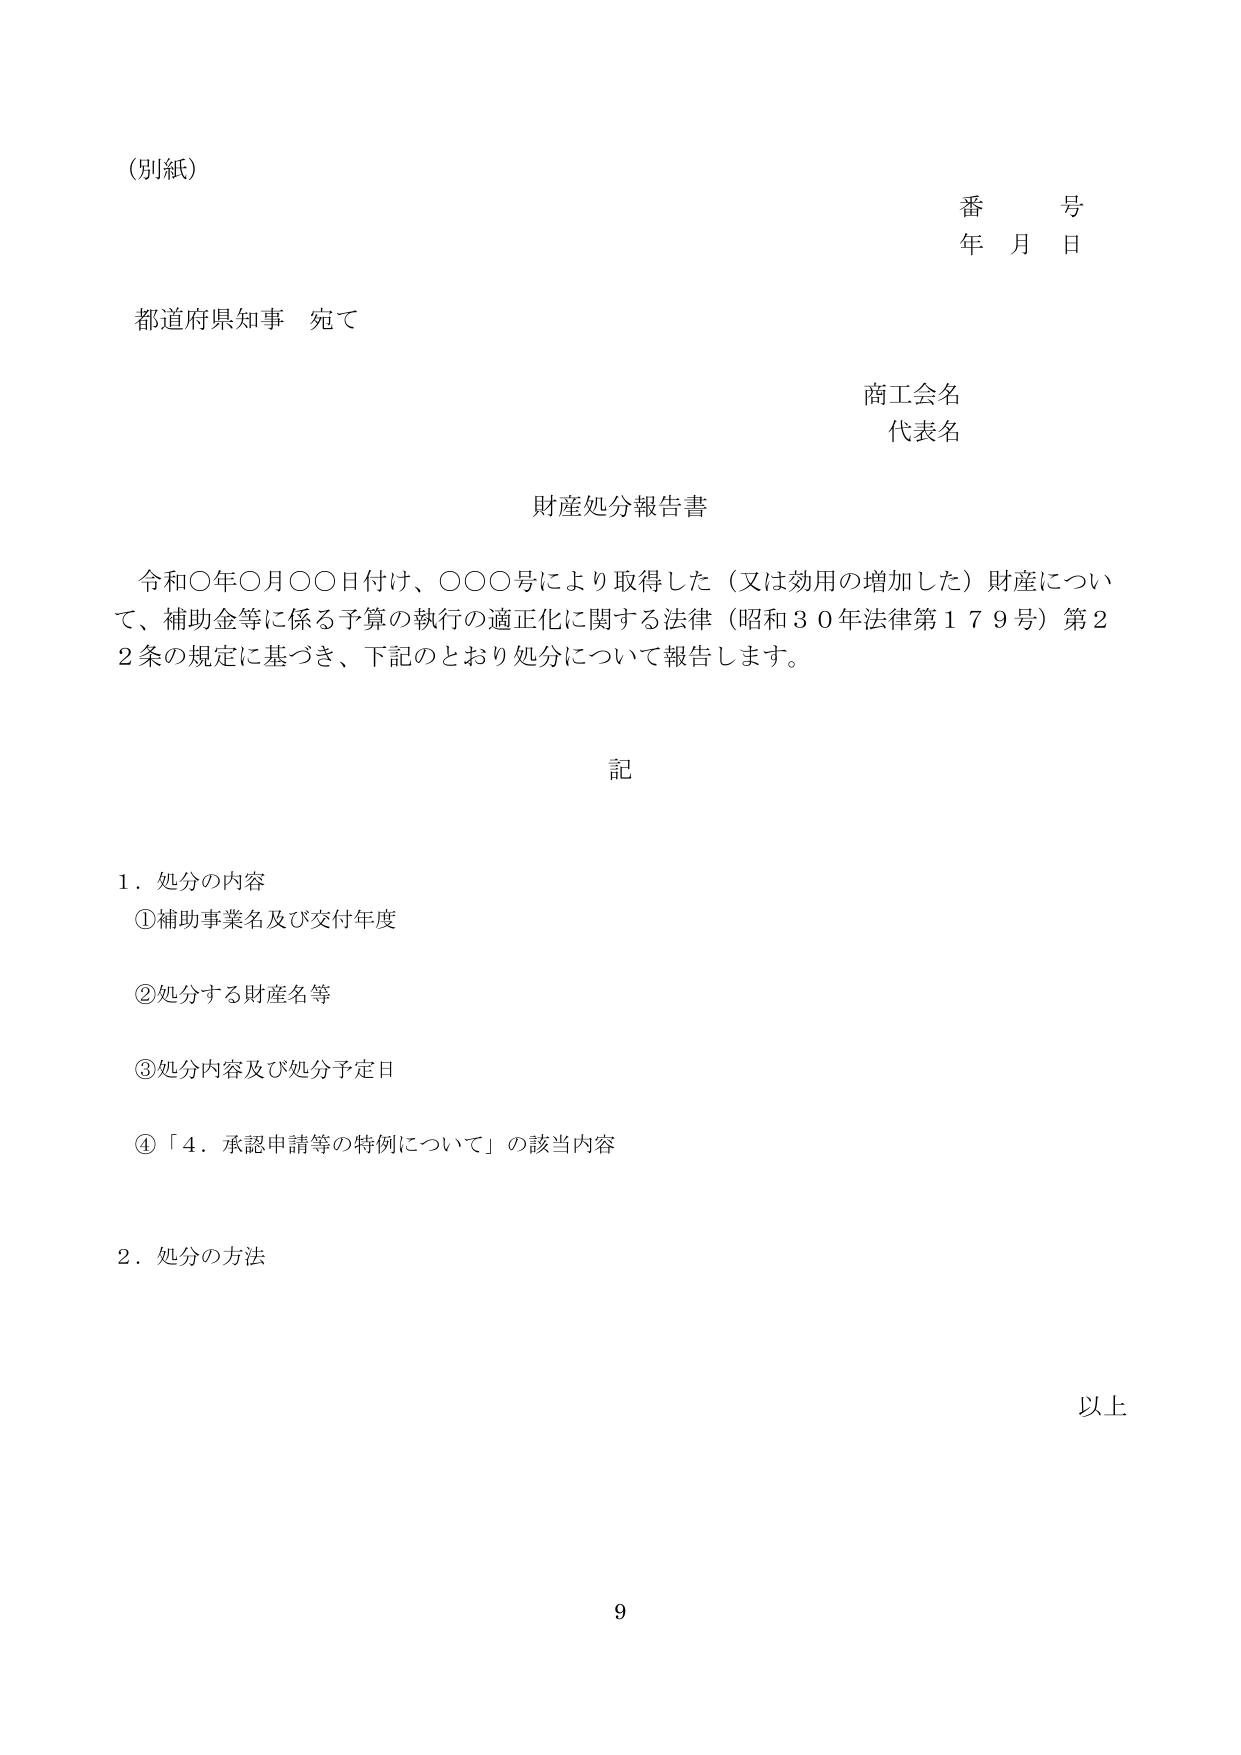
（別紙）

番　　号
年　月　日

都道府県知事　宛て

商工会名
代表名

財産処分報告書

令和〇年〇月〇〇日付け、〇〇〇号により取得した（又は効用の増加した）財産について、補助金等に係る予算の執行の適正化に関する法律（昭和３０年法律第１７９号）第２２条の規定に基づき、下記のとおり処分について報告します。

記

１．処分の内容
①補助事業名及び交付年度
②処分する財産名等
③処分内容及び処分予定日
④「４．承認申請等の特例について」の該当内容

２．処分の方法

以上

9